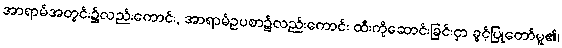
အာရာမ်အတွင်း၌လည်းကောင်း, အာရာမ်ဥပစာ၌လည်းကောင်း ထီးကိုဆောင်းခြင်းငှာ ခွင့်ပြုတော်မူ၏၊